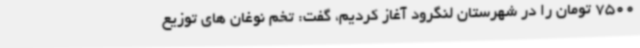
7500 تومان را در شهرستان لنگرود آغاز کردیم، گفت: تخم نوغان های توزیع